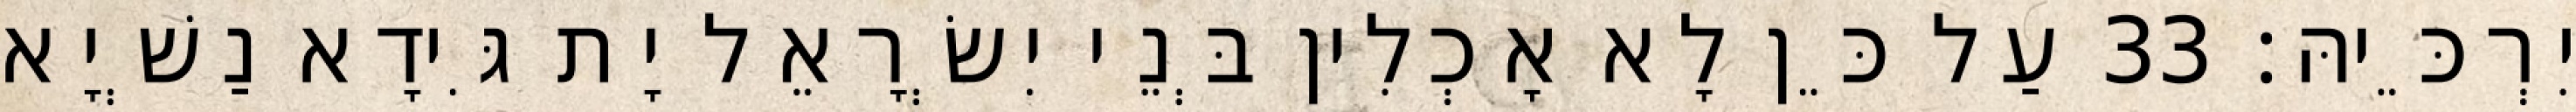
יִרְכֵּיהּ׃ 33 עַל כֵּן לָא אָכְלִין בְּנֵי יִשְׂרָאֵל יָת גִּידָא נַשְׁיָא